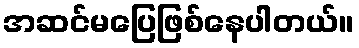
အဆင်မပြေဖြစ်နေပါတယ်။